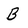
Character: B